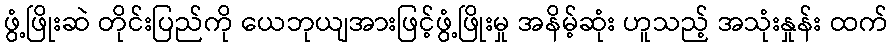
ဖွံ့ဖြိုးဆဲ တိုင်းပြည်ကို ယေဘုယျအားဖြင့်ဖွံ့ဖြိုးမှု အနိမ့်ဆုံး ဟူသည့် အသုံးနှုန်း ထက်